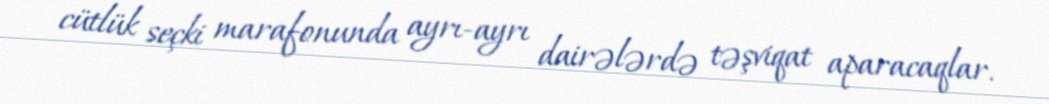
cütlük seçki marafonunda ayrı-ayrı dairələrdə təşviqat aparacaqlar.